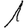
Digit: 1